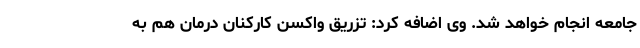
جامعه انجام خواهد شد. وی اضافه کرد: تزریق واکسن کارکنان درمان هم به